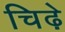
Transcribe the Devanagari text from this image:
चिढ़े